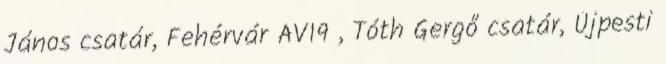
János csatár, Fehérvár AV19 , Tóth Gergő csatár, Újpesti